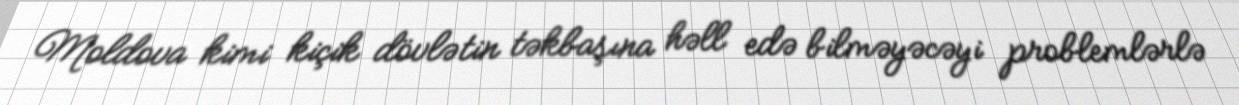
Moldova kimi kiçik dövlətin təkbaşına həll edə bilməyəcəyi problemlərlə